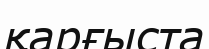
қарғыста